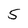
Character: 5